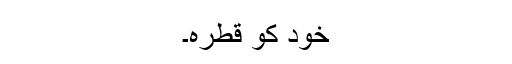
خود کو قطرہ۔